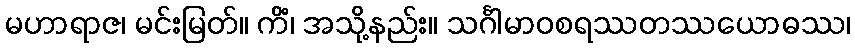
မဟာရာဇ၊ မင်းမြတ်။ ကိံ၊ အသို့နည်း။ သင်္ဂါမာဝစရဿတဿယောဓဿ၊